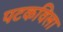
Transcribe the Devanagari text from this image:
पटकविला